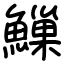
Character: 䲃